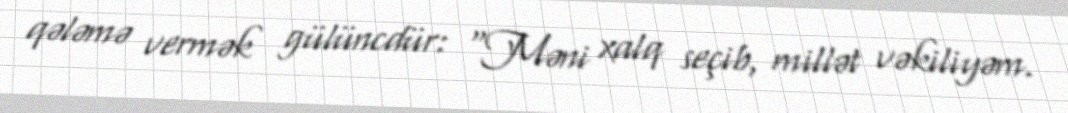
qələmə vermək gülüncdür: “Məni xalq seçib, millət vəkiliyəm.